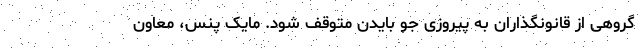
گروهی از قانونگذاران به پیروزی جو بایدن متوقف شود. مایک پنس، معاون